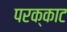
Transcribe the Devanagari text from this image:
परक्काट